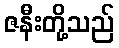
ဇနီးတို့သည်